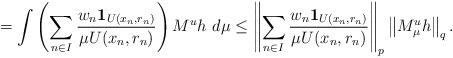
LaTeX: \begin{align*}=\int \left( \sum_{n \in I}\frac{w_n \mathbf{1}_{U(x_{n}, r_{n})} }{\mu U(x_{n}, r_{n})} \right) M^u h \ d\mu\le\left\| \sum_{n \in I}\frac{w_n \mathbf{1}_{U(x_{n}, r_{n})} }{\mu U(x_{n}, r_{n})} \right\|_p\left\|M^u_{\mu} h \right\|_q.\end{align*}